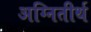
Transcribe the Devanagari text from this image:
अग्नितीर्थ